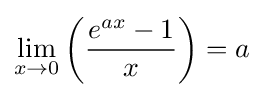
\lim _{x\to 0}\left({\frac {e^{ax}-1}{x}}\right)=a